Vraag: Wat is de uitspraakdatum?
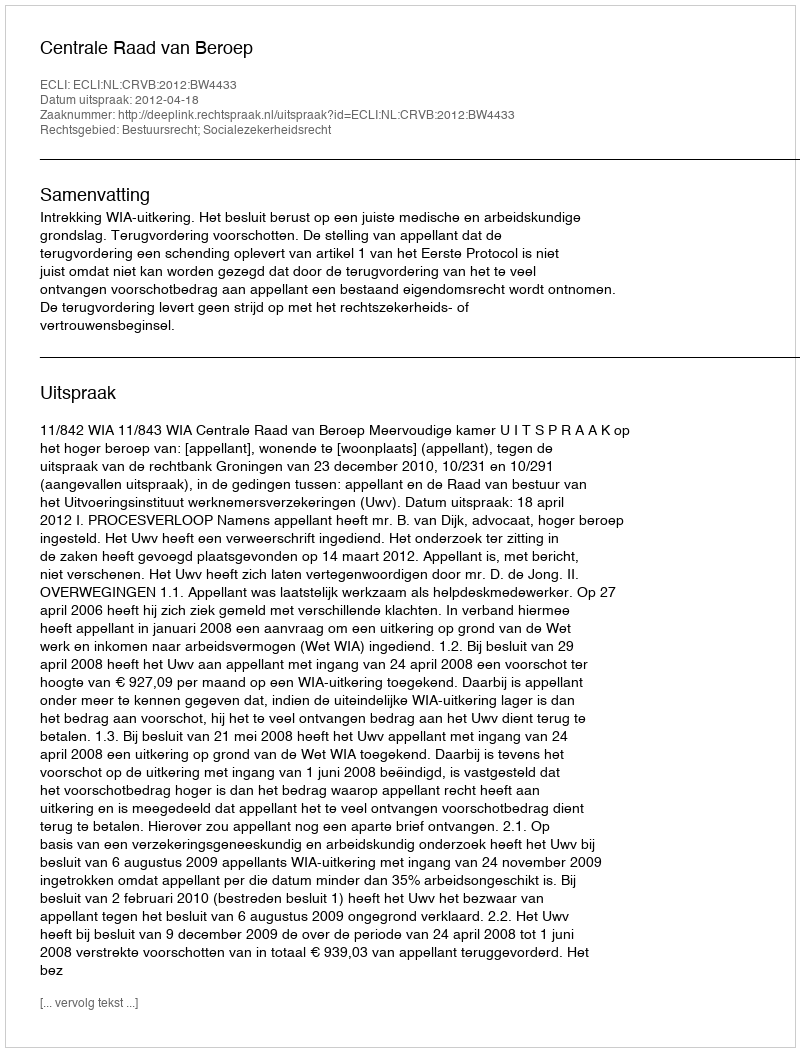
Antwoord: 2012-04-18